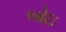
બોઇ